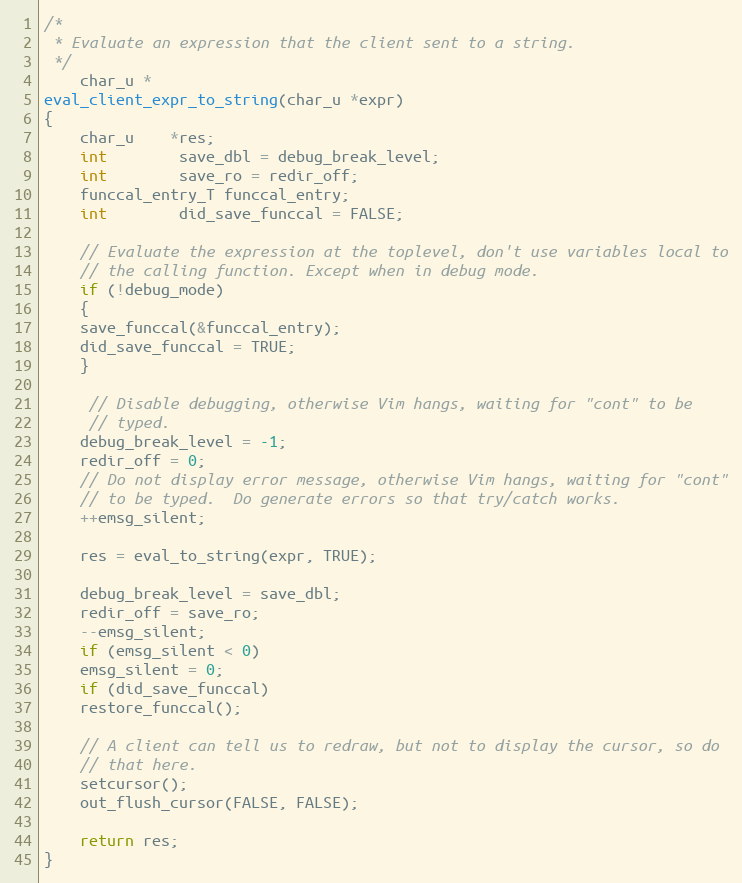
Language: C
/*
 * Evaluate an expression that the client sent to a string.
 */
    char_u *
eval_client_expr_to_string(char_u *expr)
{
    char_u	*res;
    int		save_dbl = debug_break_level;
    int		save_ro = redir_off;
    funccal_entry_T funccal_entry;
    int		did_save_funccal = FALSE;

    // Evaluate the expression at the toplevel, don't use variables local to
    // the calling function. Except when in debug mode.
    if (!debug_mode)
    {
	save_funccal(&funccal_entry);
	did_save_funccal = TRUE;
    }

     // Disable debugging, otherwise Vim hangs, waiting for "cont" to be
     // typed.
    debug_break_level = -1;
    redir_off = 0;
    // Do not display error message, otherwise Vim hangs, waiting for "cont"
    // to be typed.  Do generate errors so that try/catch works.
    ++emsg_silent;

    res = eval_to_string(expr, TRUE);

    debug_break_level = save_dbl;
    redir_off = save_ro;
    --emsg_silent;
    if (emsg_silent < 0)
	emsg_silent = 0;
    if (did_save_funccal)
	restore_funccal();

    // A client can tell us to redraw, but not to display the cursor, so do
    // that here.
    setcursor();
    out_flush_cursor(FALSE, FALSE);

    return res;
}